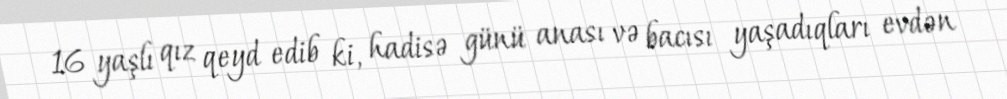
16 yaşlı qız qeyd edib ki, hadisə günü anası və bacısı yaşadıqları evdən